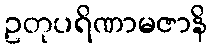
ဥတုပရိဏာမဇာနိ